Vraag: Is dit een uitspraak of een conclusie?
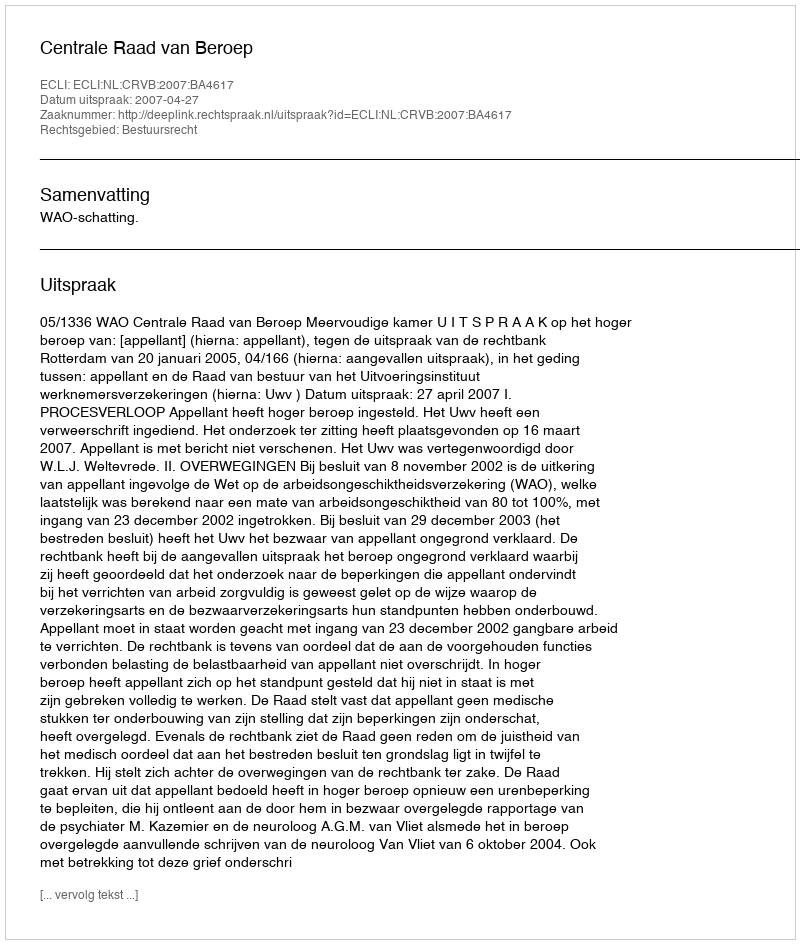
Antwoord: Uitspraak